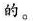
的。